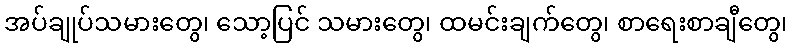
အပ်ချုပ်သမားတွေ၊ သော့ပြင် သမားတွေ၊ ထမင်းချက်တွေ၊ စာရေးစာချီတွေ၊